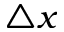
\triangle x